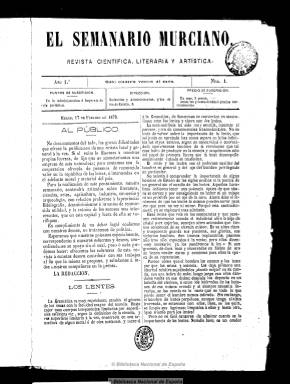
Título: El Semanario murciano
Colección: Cultura
Ámbito geográfico: Murcia
Lugar de publicación: Murcia
Fechas: 17/02/1878-01/01/1882

Con el subtítulo de “revista científica, literaria y artística” dio cabida a los textos de un nutrido grupo de literatos, eruditos y profesores de la provincia que la colocaron en un alto estadio de la prensa local, siendo su propietario y director Antonio Hernández Amores, quien la derivó hacia sus posiciones políticas, afines al artífice del golpe militar que dio paso a la Restauración, el general Martínez Campos. Su consejo de redacción estuvo integrado por los hermanos José y Gabriel Baleriola López (que probablemente fue su director literario), Tomás Maestre y el poeta Ricardo Sánchez Madrigal.

Incluye artículos sobre literatura, ciencias, medicina, higiene, artes, historia, arqueología, biografía, costumbres, festejos, agricultura, industria, comercio, adelantos técnicos y misceláneas, así como crónicas y noticias, además de traducciones y anuncios.

Entre sus colaboraciones resaltan las histórico-literarias de Andrés Baquero Almansa, entonces bibliotecario de San Isidro en Madrid, especialmente las biografías de murcianos ilustres (arquitectos, pintores, grabadores) y las de su sección “Rebuscos”; las de arqueología yeclana del escolapio Carlos Lasalde; las de arqueología y arte regional de Javier Fuentes; las del catedrático de Física Olayo Paz, junto con las poesías de Ricardo Gil, Virgilio Guirao, Sánchez Madrigal, Blanco y otros vates y eruditos locales, como Zacarías Acosta, José Pío Tejera y Marín Baldo. También colaboraron los murcianos Antonio Arnao y José Selgas y José Amador de los Ríos

En números de ocho páginas y a dos columnas, su diseño fue obra de Rodolfo Carles, quien también firmó la sección “Crónica de la semana”. Empezó a editarse el 17 de febrero de 1878 y acabó en enero de 1882. Su colección comprende 199 entregas que, al final, incluye un índice general de sus cuatro tomos. Al principio fue impresa en la Tipografía de Anselmo Arques, y a partir de su número 32 en el Establecimiento Tipográfico de La Paz.